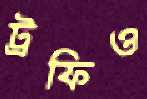
ট্রফিও